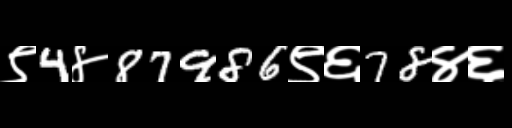
Text: ९4४87986९६78४६